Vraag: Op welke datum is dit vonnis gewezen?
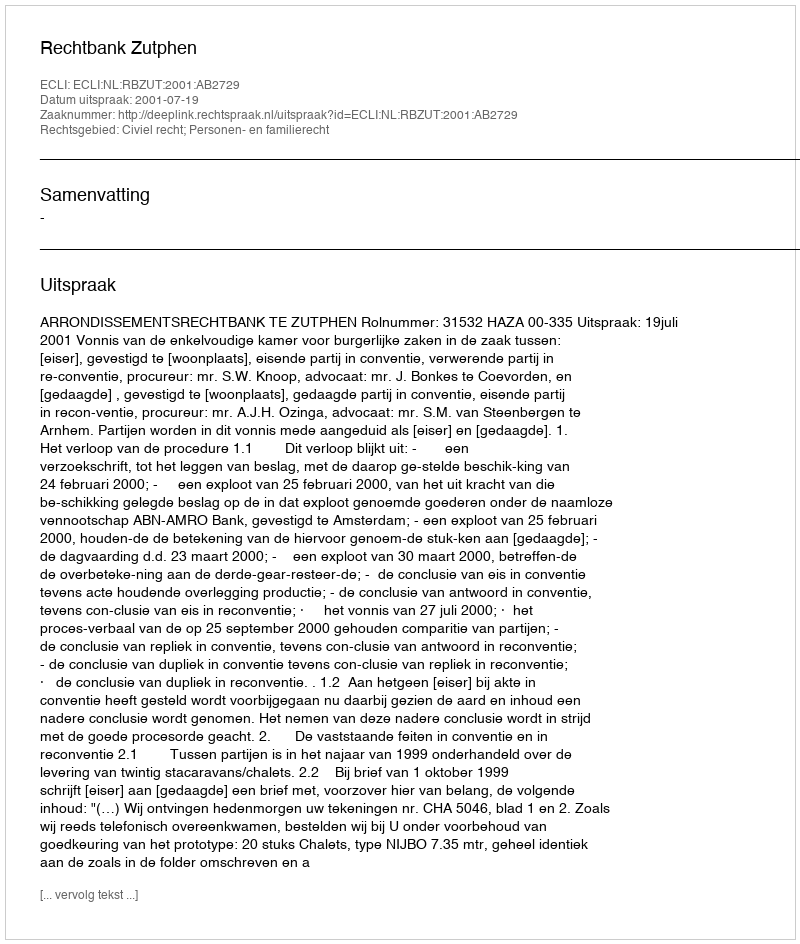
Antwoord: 2001-07-19